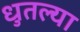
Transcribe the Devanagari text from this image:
धुतल्या